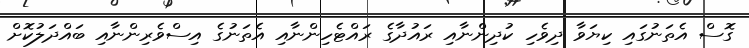
ގޮސް އެތަނުގައި ކިޔަވާ ދިވެހި ކުދިންނާއި ރައުދާގެ ރައްޓެހިންނާއި އެތަނުގެ އިސްވެރިންނާއި ބައްދަލުކޮށް